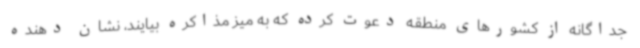
جداگانه از کشورهای منطقه دعوت کرده که به میز مذاکره بیایند، نشان دهنده